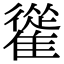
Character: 𩀰